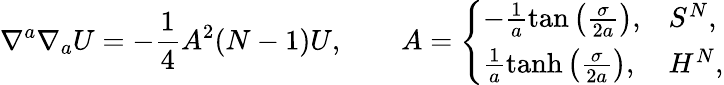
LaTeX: \nabla^{a}\nabla_{a}U=-\frac{1}{4}A^{2}(N-1)U,\qquad A=\left\{ \begin{array}{ll}{{-\frac{1}{a}\tan\left(\frac{\sigma}{2a}\right),}}&{{S^{N},}}\\ {{\frac{1}{a}\operatorname{tanh}\left(\frac{\sigma}{2a}\right),}}&{{H^{N},}}\end{array}\right.